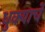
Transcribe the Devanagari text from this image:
धुक्याचे